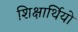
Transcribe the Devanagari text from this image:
शिक्षार्थियो